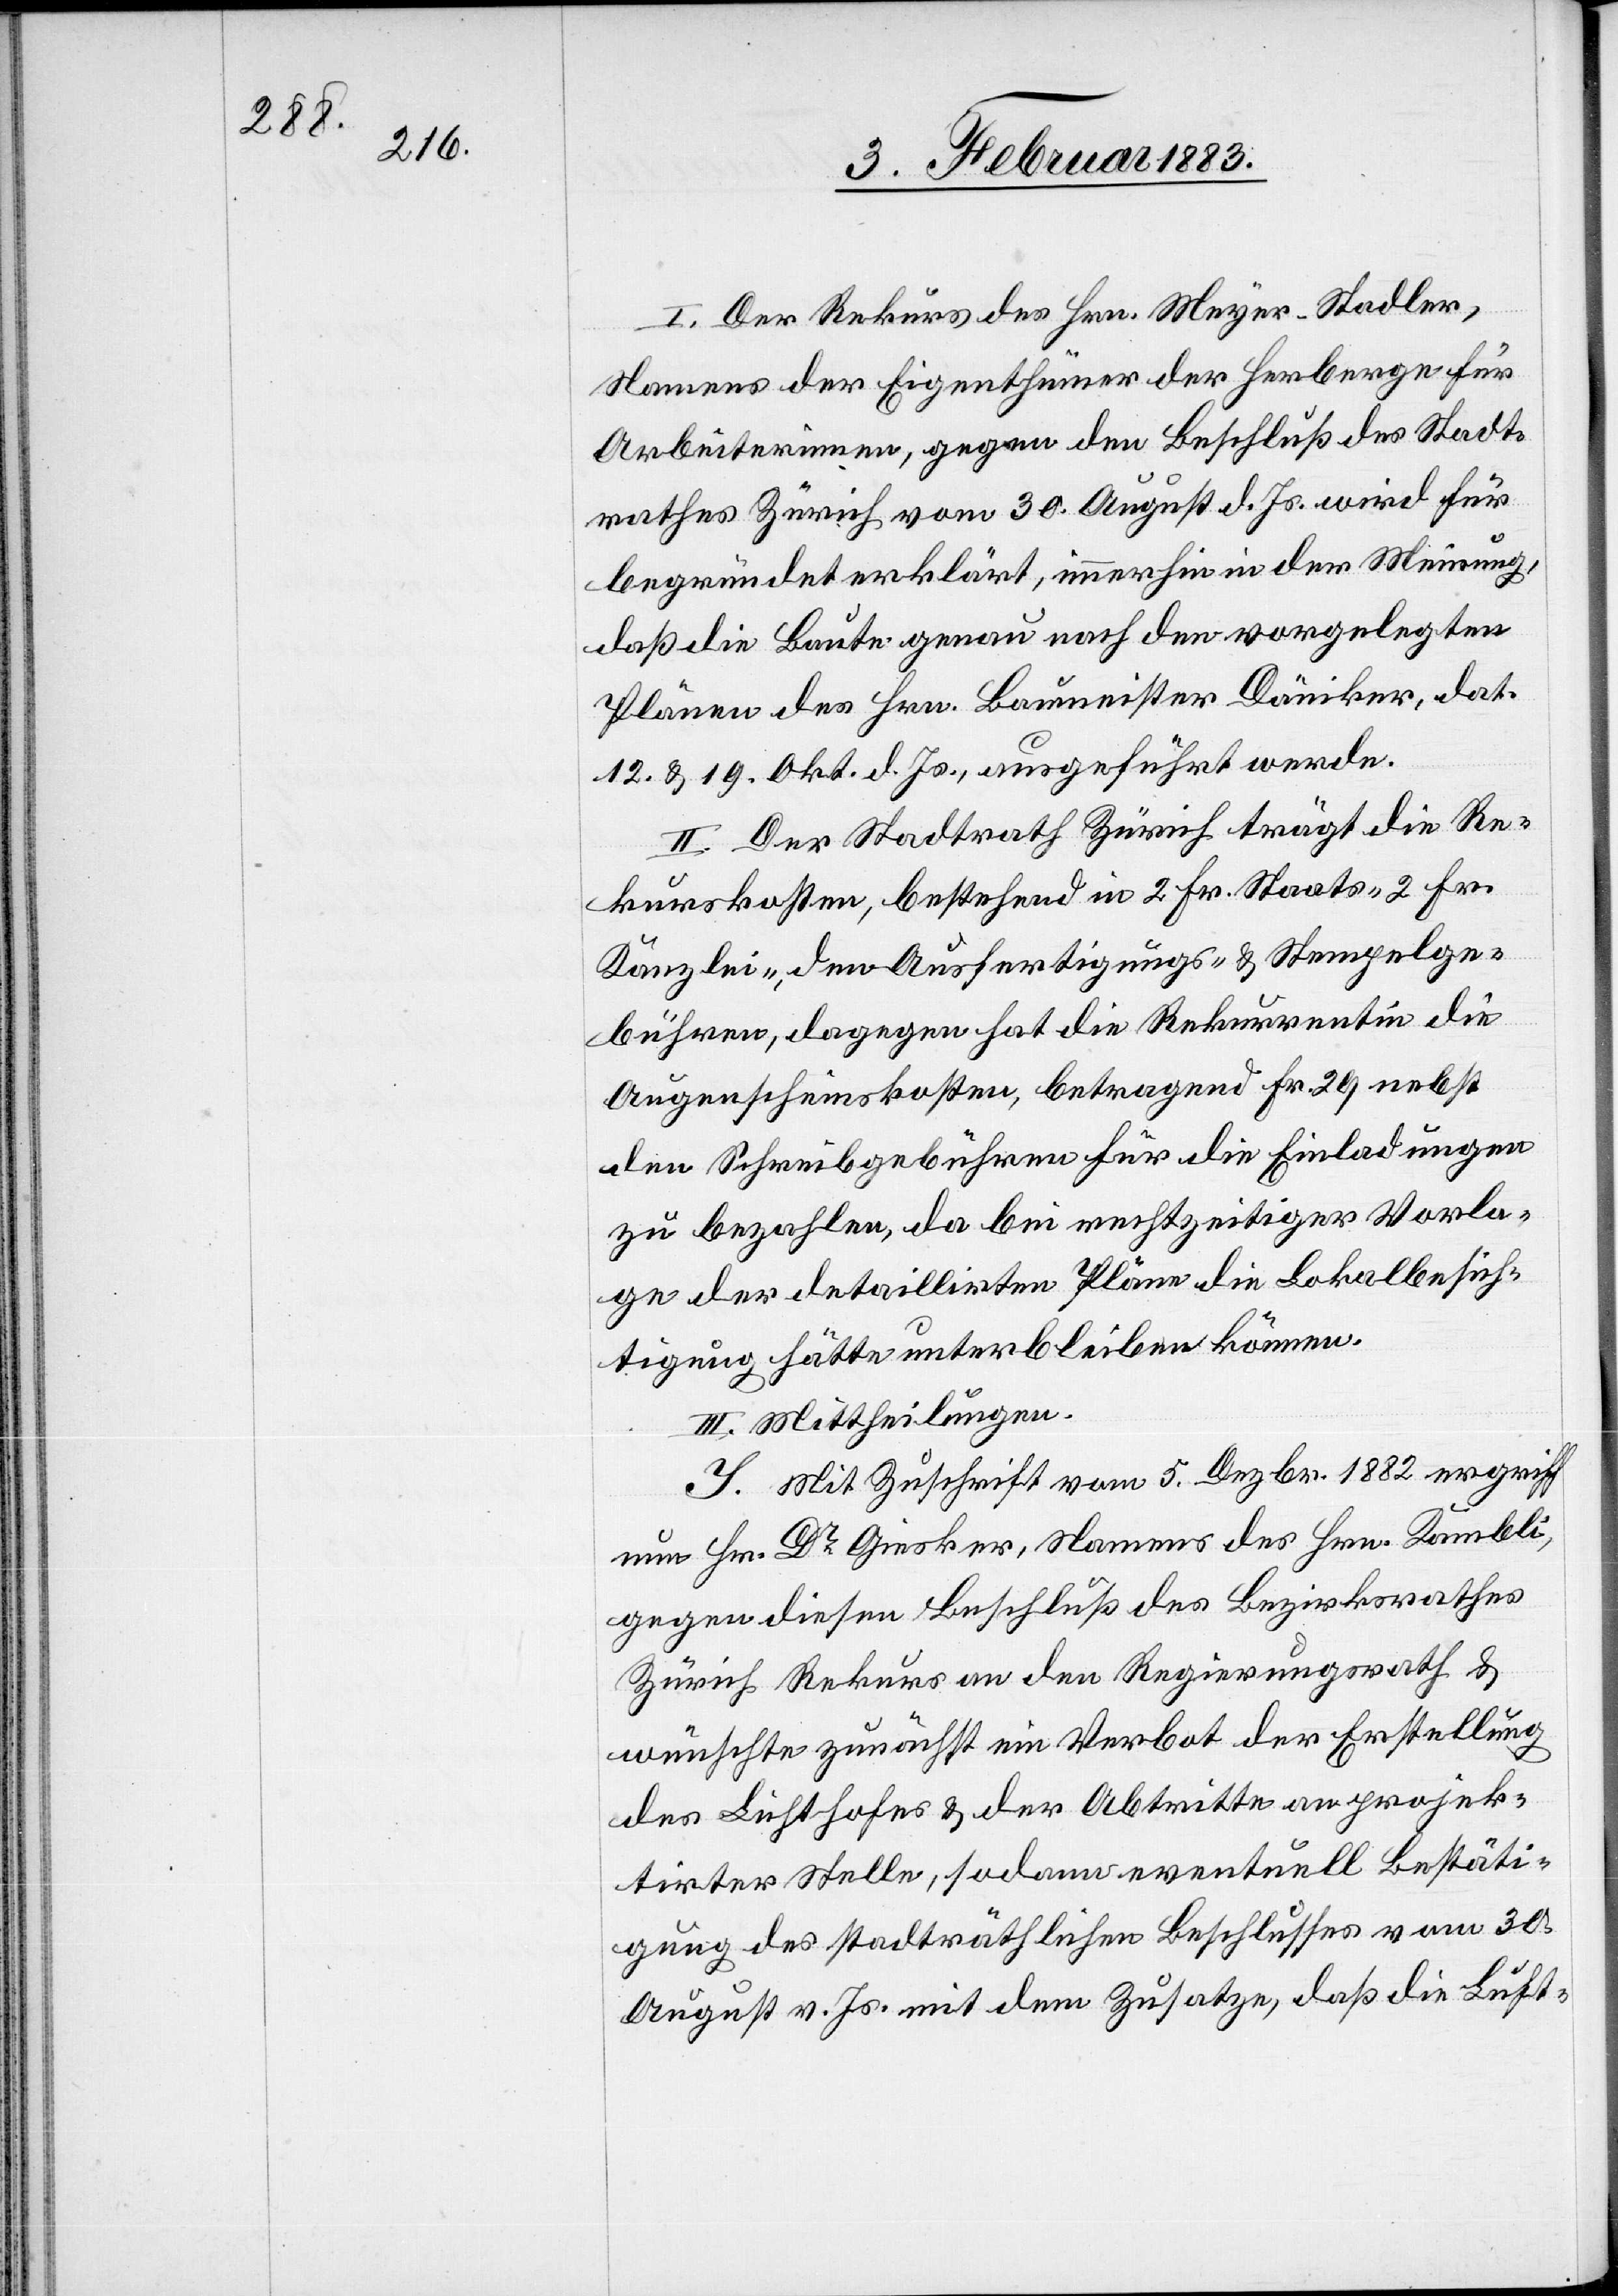
I. Der Rekurs des Hrn. Meyer-Stadler,
Namens der Eigenthümer der Herberge für
Arbeiterinnen, gegen den Beschluß des Stadt¬
rathes Zürich vom 30. August d. Js. wird für
begründet erklärt, immerhin in der Meinung,
daß die Baute genau nach den vorgelegten
Plänen des Hrn. Baumeister Däniker, dat.
12. & 19. Okt. d. Js., ausgeführt werde.
II. Der Stadtrath Zürich trägt die Re¬
kurskosten, bestehend in 2 Fr. Staats- 2 Fr.
Kanzlei-, den Ausfertigungs- & Stempelge¬
bühren, dagegen hat die Rekurrentin die
Augenscheinskosten, betragend Fr. 29 nebst
den Schreibgebühren für die Einladungen
zu bezahlen, da bei rechtzeitiger Vorla¬
ge der detaillirten Pläne die Lokalbesich¬
tigung hätte unterbleiben können.
III. Mittheilungen.
J. Mit Zuschrift vom 5. Dezbr. 1882 ergriff
nun Hr. Dr Giesker, Namens des Hrn. Kambli,
gegen diesen Beschluß des Bezirksrathes
Zürich Rekurs an den Regierungsrath &
wünschte zunächst ein Verbot der Erstellung
des Lichthofes & der Abtritte an projek¬
tirter Stelle, sodann eventuell Bestäti¬
gung des stadträthlichen Beschlusses vom 30.
August v. Js. mit dem Zusatze, daß die Luft-